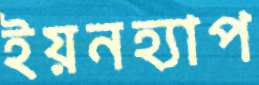
ইয়নহ্যাপ